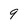
Character: 9